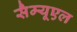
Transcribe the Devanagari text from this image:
सैम्यूएल